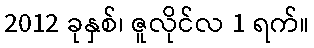
2012 ခုနှစ်၊ ဇူလိုင်လ 1 ရက်။